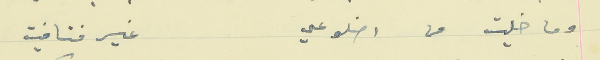
وما خليت من اضلوعي                                       غير فتافيت